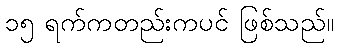
၁၅ ရက်ကတည်းကပင် ဖြစ်သည်။